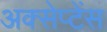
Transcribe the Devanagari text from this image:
अक्सेप्टेंस